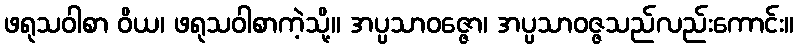
ဖရုသဝါစာ ဝိယ၊ ဖရုသဝါစာကဲ့သို့။ အပ္ပသာဝဇ္ဇော၊ အပ္ပသာဝဇ္ဇသည်လည်းကောင်း။